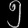
Digit: ၅